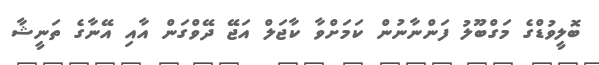
ބޮލީވުޑްގެ މަގްބޫލު ފަންނާނުން ކަމަށްވާ ކާޖަލް އަޖޭ ދޭވްގަން އާއި އޭނާގެ ތަނީޝާ